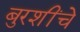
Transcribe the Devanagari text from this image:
बुरशींचे